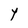
Character: Y